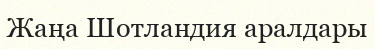
Жаңа Шотландия аралдары